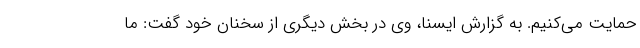
حمایت می‌کنیم. به گزارش ایسنا، وی در بخش دیگری از سخنان خود گفت: ما